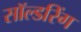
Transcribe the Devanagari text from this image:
सॉल्डरिंग